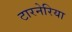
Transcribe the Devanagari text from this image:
टारनेरिया